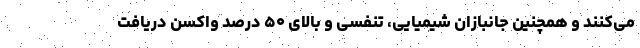
می‌کنند و همچنین جانبازان شیمیایی، تنفسی و بالای ۵۰ درصد واکسن دریافت